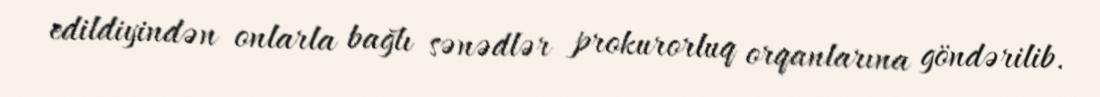
edildiyindən onlarla bağlı sənədlər prokurorluq orqanlarına göndərilib.